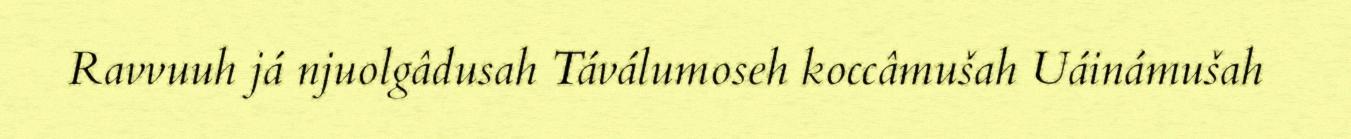
Ravvuuh já njuolgâdusah Táválumoseh koccâmušah Uáinámušah